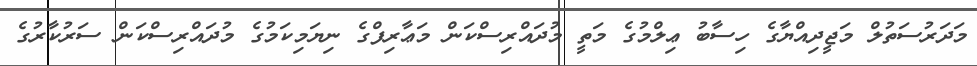
މަދަރުސަތުލް މަޖީދިއްޔާގެ ހިސާބު ޢިލްމުގެ މަތީ މުދައްރިސްކަން މަޢާރިފްގެ ނިޔަމިކަމުގެ މުދައްރިސްކަން ސަރުކާރުގެ